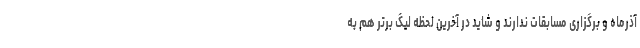
آذرماه و برگزاری مسابقات ندارند و شاید در آخرین لحظه لیگ برتر هم به